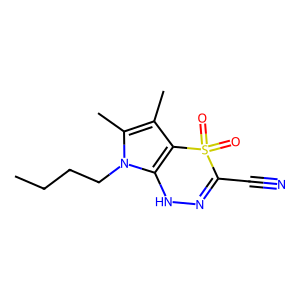
SMILES: CCCCn1c(C)c(C)c2c1NN=C(C#N)S2(=O)=O
Inhibits HIV replication: No